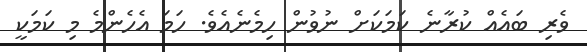
ވެރި ބައެއް ކުރާނެ ކަމަކަށް ނުވުން ހިމެނެއެވެ. ހަމަ އެހެންމެ މި ކަމަކީ